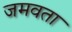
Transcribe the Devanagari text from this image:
जमवता